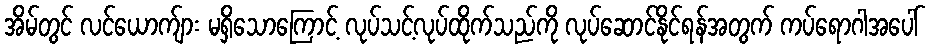
အိမ်တွင် လင်ယောက်ျား မရှိသောကြောင့် လုပ်သင့်လုပ်ထိုက်သည်ကို လုပ်ဆောင်နိုင်ရန်အတွက် ကပ်ရောဂါအပေါ်